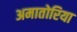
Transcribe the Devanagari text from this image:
अमातोरिया